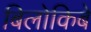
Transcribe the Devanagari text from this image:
बिलोकिबे